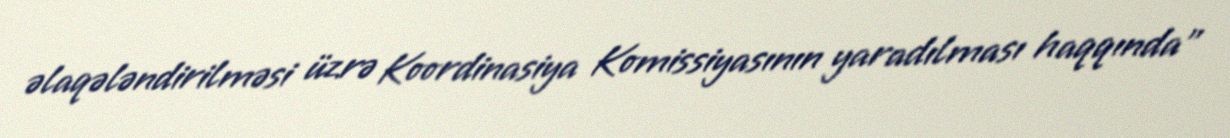
əlaqələndirilməsi üzrə Koordinasiya Komissiyasının yaradılması haqqında"